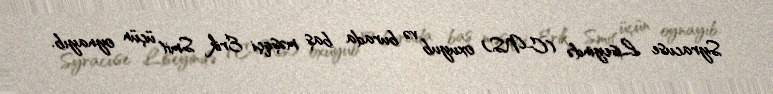
Syracuse Liseyində (C-NS) oxuyub və burada baş məşqçi Erik Smit üçün oynayıb.